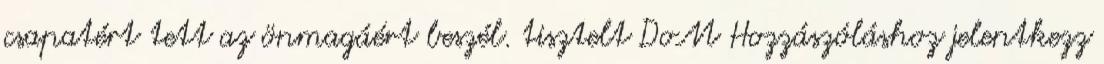
csapatért tett az önmagáért beszél. tisztelt DoM Hozzászóláshoz jelentkezz